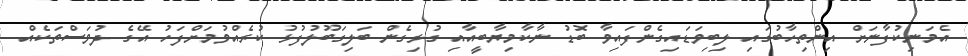
އެމަނިކުފާނަށް އިންތިހާބުގައި ލިބިވަޑައިގެންފައިވާ ބޮޑު ނާކާމިޔާބީއާއި ގުޅިގެން ބަލިގަބޫލުފުޅު ކުރެއްވުމަށްފަހު އޭގެ ދުވަސްތަކެއް